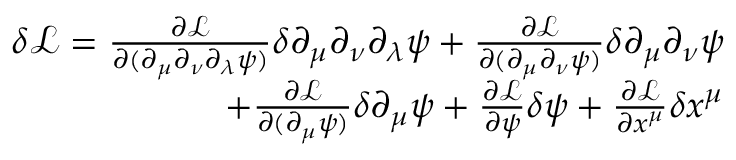
\begin{array} { r } { \delta \mathcal { L } = \frac { \partial \mathcal L } { \partial ( \partial _ { \mu } \partial _ { \nu } \partial _ { \lambda } \psi ) } \delta \partial _ { \mu } \partial _ { \nu } \partial _ { \lambda } \psi + \frac { \partial \mathcal L } { \partial ( \partial _ { \mu } \partial _ { \nu } \psi ) } \delta \partial _ { \mu } \partial _ { \nu } \psi } \\ { + \frac { \partial \mathcal L } { \partial ( \partial _ { \mu } \psi ) } \delta \partial _ { \mu } \psi + \frac { \partial \mathcal L } { \partial \psi } \delta \psi + \frac { \partial \mathcal L } { \partial x ^ { \mu } } \delta x ^ { \mu } } \end{array}